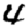
Digit: 4